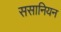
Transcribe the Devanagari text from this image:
ससानियन